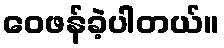
ဝေဖန်ခဲ့ပါတယ်။